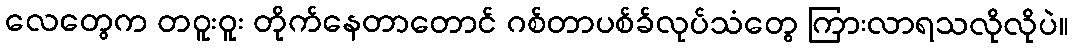
လေတွေက တဝူးဝူး တိုက်နေတာတောင် ဂစ်တာပစ်ခ်လုပ်သံတွေ ကြားလာရသလိုလိုပဲ။